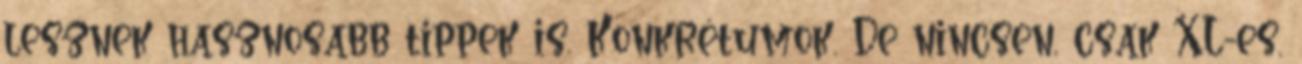
lesznek hasznosabb tippek is. Konkrétumok. De nincsen, csak XL-es,